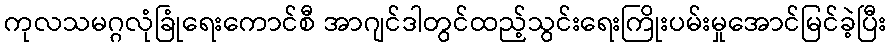
ကုလသမဂ္ဂလုံခြုံရေးကောင်စီ အာဂျင်ဒါတွင်ထည့်သွင်းရေးကြိုးပမ်းမှုအောင်မြင်ခဲ့ပြီး